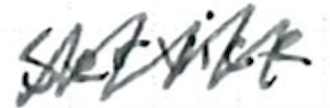
Text: service
Cross-out: zig-zag
Writing tool: ballpoint